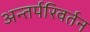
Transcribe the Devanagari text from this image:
अन्तर्परिवर्तन